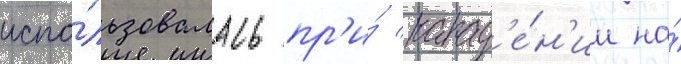
испо́льзовалась пр'и́ напад'е́н'ии на́